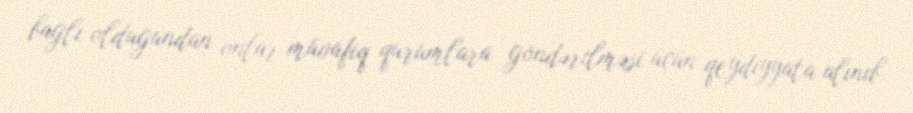
bağlı olduğundan onlar müvafiq qurumlara göndərilməsi üçün qeydiyyata alınıb.